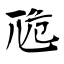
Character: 卼